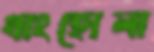
থাংহোলা